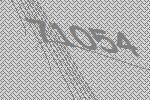
71054